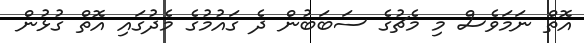
އޮތް ނަމަވެސް މި މެޗުގެ ސަބަބުން ދެ ގައުމުގެ މެދުގައި އޮތް ގުޅުން